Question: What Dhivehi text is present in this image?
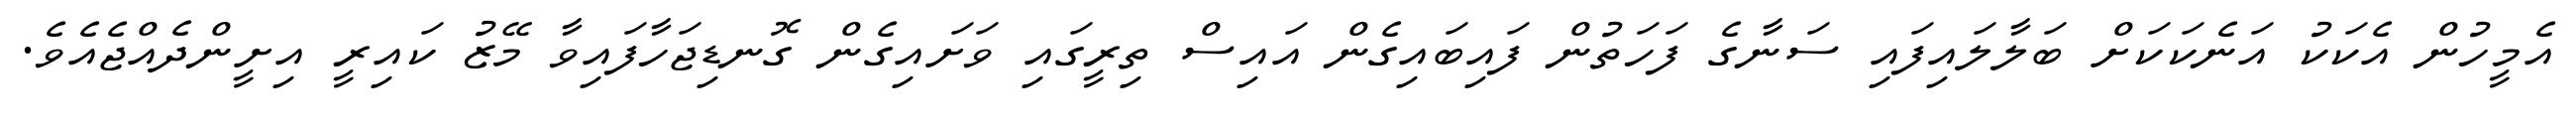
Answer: އެމީހުން އެކަކު އަނެކަކަށް ބަލާލައިފައި ސަނާގެ ފަހަތުން ފައިބައިގެން އައިސް ތިރީގައި ވަށައިގެން ގޮނޑިޖަހާފައިވާ މޭޒު ކައިރީ އިށީންދެއްޖެއެވެ.